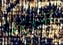
سريرنا